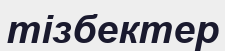
тізбектер